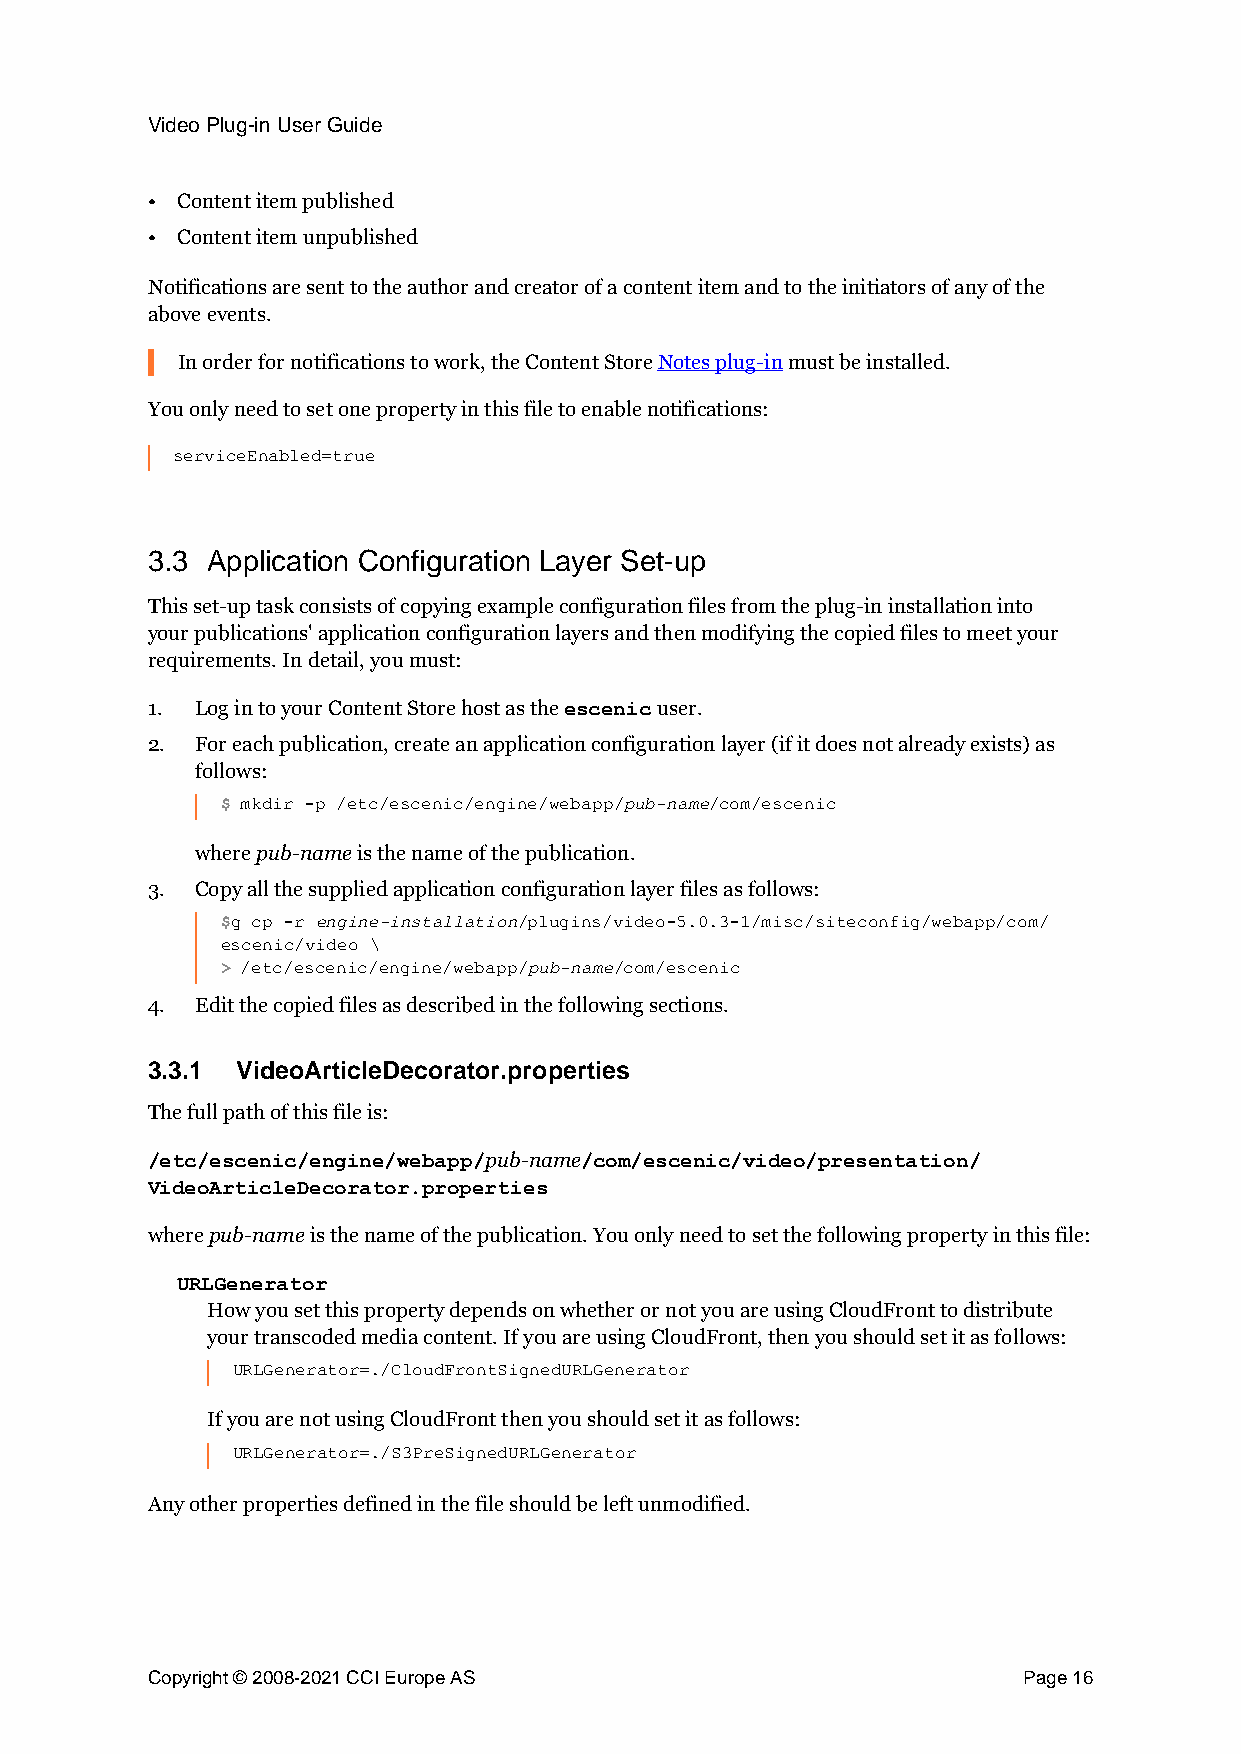
Video Plug-in User Guide
 • Content item published
 • Content item unpublished
 Notifications are sent to the author and creator of a content item and to the initiators of any of the
 above events.
 In order for notifications to work, the Content Store Notes plug-in must be installed.
 You only need to set one property in this file to enable notifications:
 serviceEnabled=true
 3.3 Application Configuration Layer Set-up
 This set-up task consists of copying example configuration files from the plug-in installation into
 your publications' application configuration layers and then modifying the copied files to meet your
 requirements. In detail, you must:
 1. Log in to your Content Store host as the user.
 escenic
 2. For each publication, create an application configuration layer (if it does not already exists) as
 follows:
 pub-name
 $ mkdir -p /etc/escenic/engine/webapp/ /com/escenic
 where pub-name is the name of the publication.
 3. Copy all the supplied application configuration layer files as follows:
 engine-installation
 $g cp -r           /plugins/video-5.0.3-1/misc/siteconfig/webapp/com/
 escenic/video \
 pub-name
 > /etc/escenic/engine/webapp/ /com/escenic
 4. Edit the copied files as described in the following sections.
 3.3.1 VideoArticleDecorator.properties
 The full path of this file is:
 pub-name
 /etc/escenic/engine/webapp/ /com/escenic/video/presentation/
 VideoArticleDecorator.properties
 where pub-name is the name of the publication. You only need to set the following property in this file:
 URLGenerator
 How you set this property depends on whether or not you are using CloudFront to distribute
 your transcoded media content. If you are using CloudFront, then you should set it as follows:
 URLGenerator=./CloudFrontSignedURLGenerator
 If you are not using CloudFront then you should set it as follows:
 URLGenerator=./S3PreSignedURLGenerator
 Any other properties defined in the file should be left unmodified.
 Copyright © 2008-2021 CCI Europe AS                       Page 16